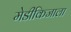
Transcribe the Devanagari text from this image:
मेडीकिजाला